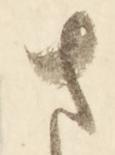
さ